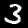
Label: 3